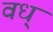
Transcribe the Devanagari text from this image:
वध्